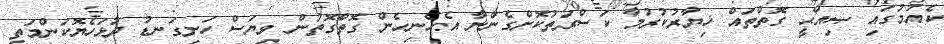
ކެއުމުގައި ޞިއްޙީ ގޮތްތައް ޚިޔާރުކުރުމާ ކަސްރަތުކޮށްގެންނާ އެހެނިހެން ގޮތްގޮތުން ވިޔަސް ހަށިގަނޑު ދުޅަހެޔޮކަންމަތީ